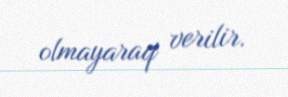
olmayaraq verilir.